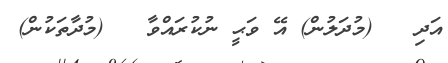
އަދި   (މުދަލުން) އޭ ވަޙީ ނުކުރައްވާ   (މުދާތަކުން)